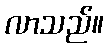
လာသည်။